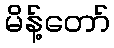
မိန့်တော်